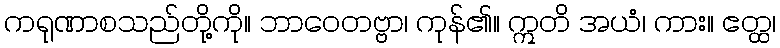
ကရုဏာစသည်တို့ကို။ ဘာဝေတဗ္ဗာ၊ ကုန်၏။ ဣတိ အယံ၊ ကား။ ဧတ္ထ၊